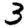
Digit: 3